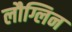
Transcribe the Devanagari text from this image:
लौग्लिन